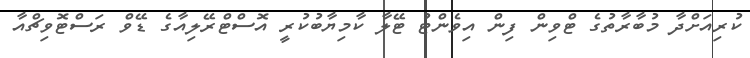
ކުރިއަށްދާ މުބާރާތުގެ ޓްވިން ފިން އިވެންޓު ޓޭލާ ކާމިޔާބުކުރީ އޮސްޓްރޭލިއާގެ ޑޭވް ރަސްޓޮވިޗްއާ